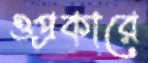
ওপ্রকারে